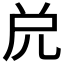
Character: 𠒁